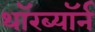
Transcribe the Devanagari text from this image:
थॉरब्यॉर्न